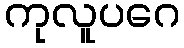
ကုလူပဂေ